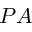
P A